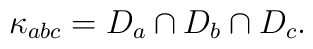
\kappa_{abc} = D_a\cap D_b\cap D_c.